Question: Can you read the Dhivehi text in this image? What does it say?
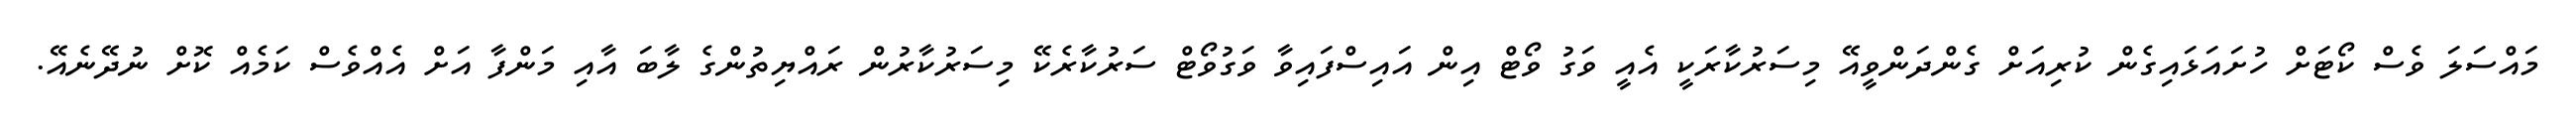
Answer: މައްސަލަ ވެސް ކޯޓަށް ހުށައަޅައިގެން ކުރިއަށް ގެންދަންވީއޭ މިސަރުކާރަކީ އެއީ ވަގު ވޯޓް އިން އައިސްފައިވާ ވަގުވޯޓް ސަރުކާރެކޭ މިސަރުކާރުން ރައްޔިތުންގެ ލާބަ އާއި މަންފާ އަށް އެއްވެސް ކަމެއް ކޮށް ނުދޭނެއޭ.